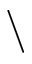
\backslash